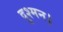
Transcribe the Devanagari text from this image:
दुश्मन।